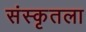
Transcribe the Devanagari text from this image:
संस्कृतला